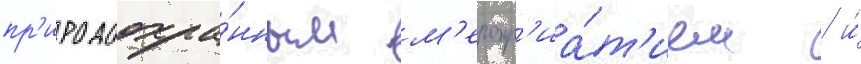
пр'иродоохра́нным м'еропр'иа́т'ием / и́